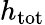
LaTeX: h_{\mathrm{tot}}